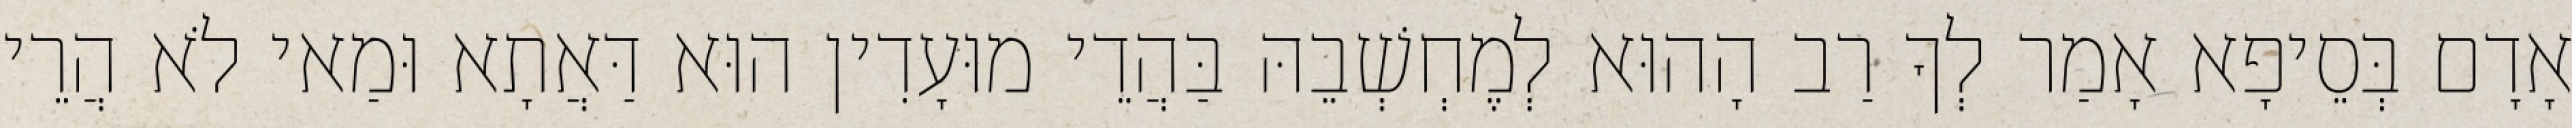
אָדָם בְּסֵיפָא אָמַר לְךָ רַב הָהוּא לְמֶחְשְׁבֵהּ בַּהֲדֵי מוּעָדִין הוּא דַּאֲתָא וּמַאי לֹא הֲרֵי